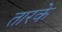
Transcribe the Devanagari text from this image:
तारके